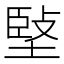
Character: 𡏃